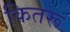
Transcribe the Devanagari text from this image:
कितरू